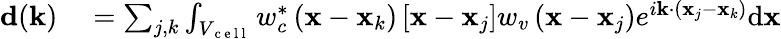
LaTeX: \begin{array}{rl}{\mathbf{d}(\mathbf{k})}&{{}=\sum_{j,k}\int_{V_{\mathrm{~c~e~l~l~}}}w_{c}^{*}\left(\mathbf{x}-\mathbf{x}_{k}\right)\left[\mathbf{x}-\mathbf{x}_{j}\right]w_{v}\left(\mathbf{x}-\mathbf{x}_{j}\right)e^{i\mathbf{k}\cdot\left(\mathbf{x}_{j}-\mathbf{x}_{k}\right)}\mathrm{d}\mathbf{x}}\end{array}